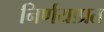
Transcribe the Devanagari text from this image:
निर्णयाप्रत